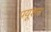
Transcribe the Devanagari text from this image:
पयूशन